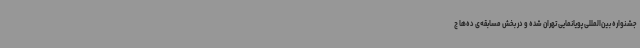
جشنواره‌ بین‌المللی پویانمایی تهران شده و در بخش مسابقه‌ی ده‌ها ج